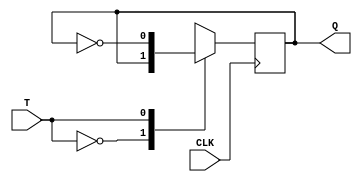
`timescale 1ns / 1ps
//////////////////////////////////////////////////////////////////////////////////
// Company: 
// Engineer: 
// 
// Design Name: 
// Module Name: TFFnr
// Project Name: 
// Target Devices: 
// Tool Versions: 
// Description: 
// 
// Dependencies: 
// 
// Revision:
// Revision 0.01 - File Created
// Additional Comments:
// 
//////////////////////////////////////////////////////////////////////////////////


module TFFnr(
    input wire T,
    input wire CLK,
    output reg Q
    );
    
    initial begin
        Q <= 0;
    end
    
    always@(posedge CLK)begin
        case(T) 
            1'b0: begin
                Q <= Q;
            end
            1'b1: begin
                Q <= ~Q;
            end
        endcase
    end
    
endmodule